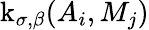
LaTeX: \operatorname{k}_{\sigma,\beta}(A_{i},M_{j})